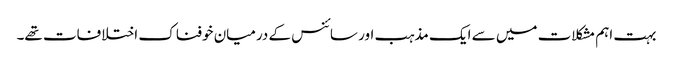
بہت اہم مشکلات میں سے ایک مذہب اور سائنس کے درمیان خوفناک اختلافات تھے۔